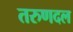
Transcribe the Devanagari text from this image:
तरुणदल